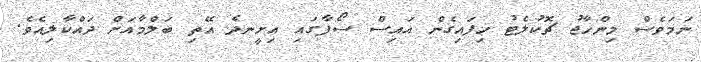
ނަމަވެސް މިންހާޖު ޗޮކުލެޓު ހިފައިގެން އައިސް ސޯފާގައި އިށީނދެ އޭތި ބަލްމާއަށް ދައްކާލިއެވެ.